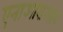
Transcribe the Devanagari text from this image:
एनाआराआय